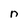
Character: n